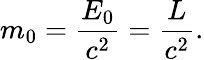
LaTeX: m_{0}=\frac{E_{0}}{c^{2}}=\frac{L}{c^{2}}.